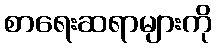
စာရေးဆရာများကို